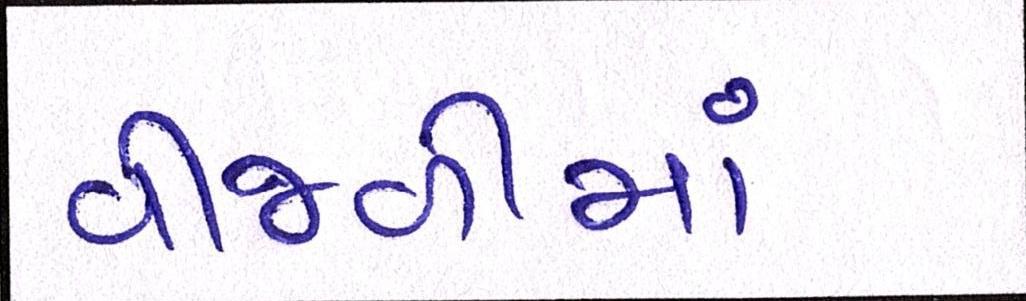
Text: વીજળીમાં